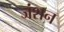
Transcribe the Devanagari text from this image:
जंशन